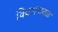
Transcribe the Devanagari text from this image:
विवरांजवळ